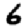
Digit: 6